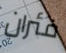
فئران